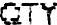
QTY